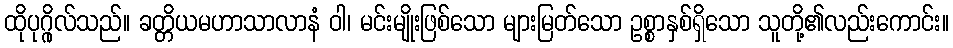
ထိုပုဂ္ဂိုလ်သည်။ ခတ္တိယမဟာသာလာနံ ဝါ၊ မင်းမျိုးဖြစ်သော များမြတ်သော ဥစ္စာနှစ်ရှိသော သူတို့၏လည်းကောင်း။